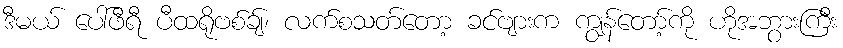
ဒီမယ် ပေါ်ဖီရီ ပီထရိုဗစ်ချ်၊ လက်စသတ်တော့ ခင်ဗျားက ကျွန်တော့်ကို ဟိုအဘွားကြီး